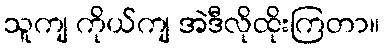
သူကျ ကိုယ်ကျ အဲဒီလိုထိုးကြတာ။